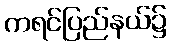
ကရင်ပြည်နယ်၌